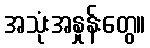
အသုံးအနှုန်းတွေ။